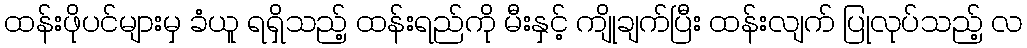
ထန်းဖိုပင်များမှ ခံယူ ရရှိသည့် ထန်းရည်ကို မီးနှင့် ကျိုချက်ပြီး ထန်းလျက် ပြုလုပ်သည့် လ